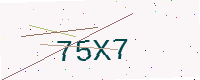
Text: 75X7